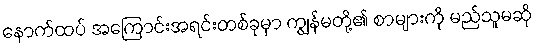
နောက်ထပ် အကြောင်းအရင်းတစ်ခုမှာ ကျွန်မတို့၏ စာများကို မည်သူမဆို